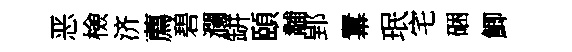
恶檢济薦碧瀾缾頤黼郢羃珉宅硱鯽